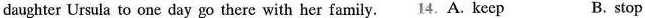
daughter Ursula to one day go there with her family.4.A. keep B.stop